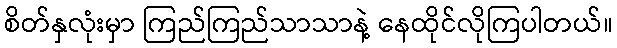
စိတ်နှလုံးမှာ ကြည်ကြည်သာသာနဲ့ နေထိုင်လိုကြပါတယ်။